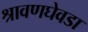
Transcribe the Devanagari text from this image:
श्रावणघेवडा